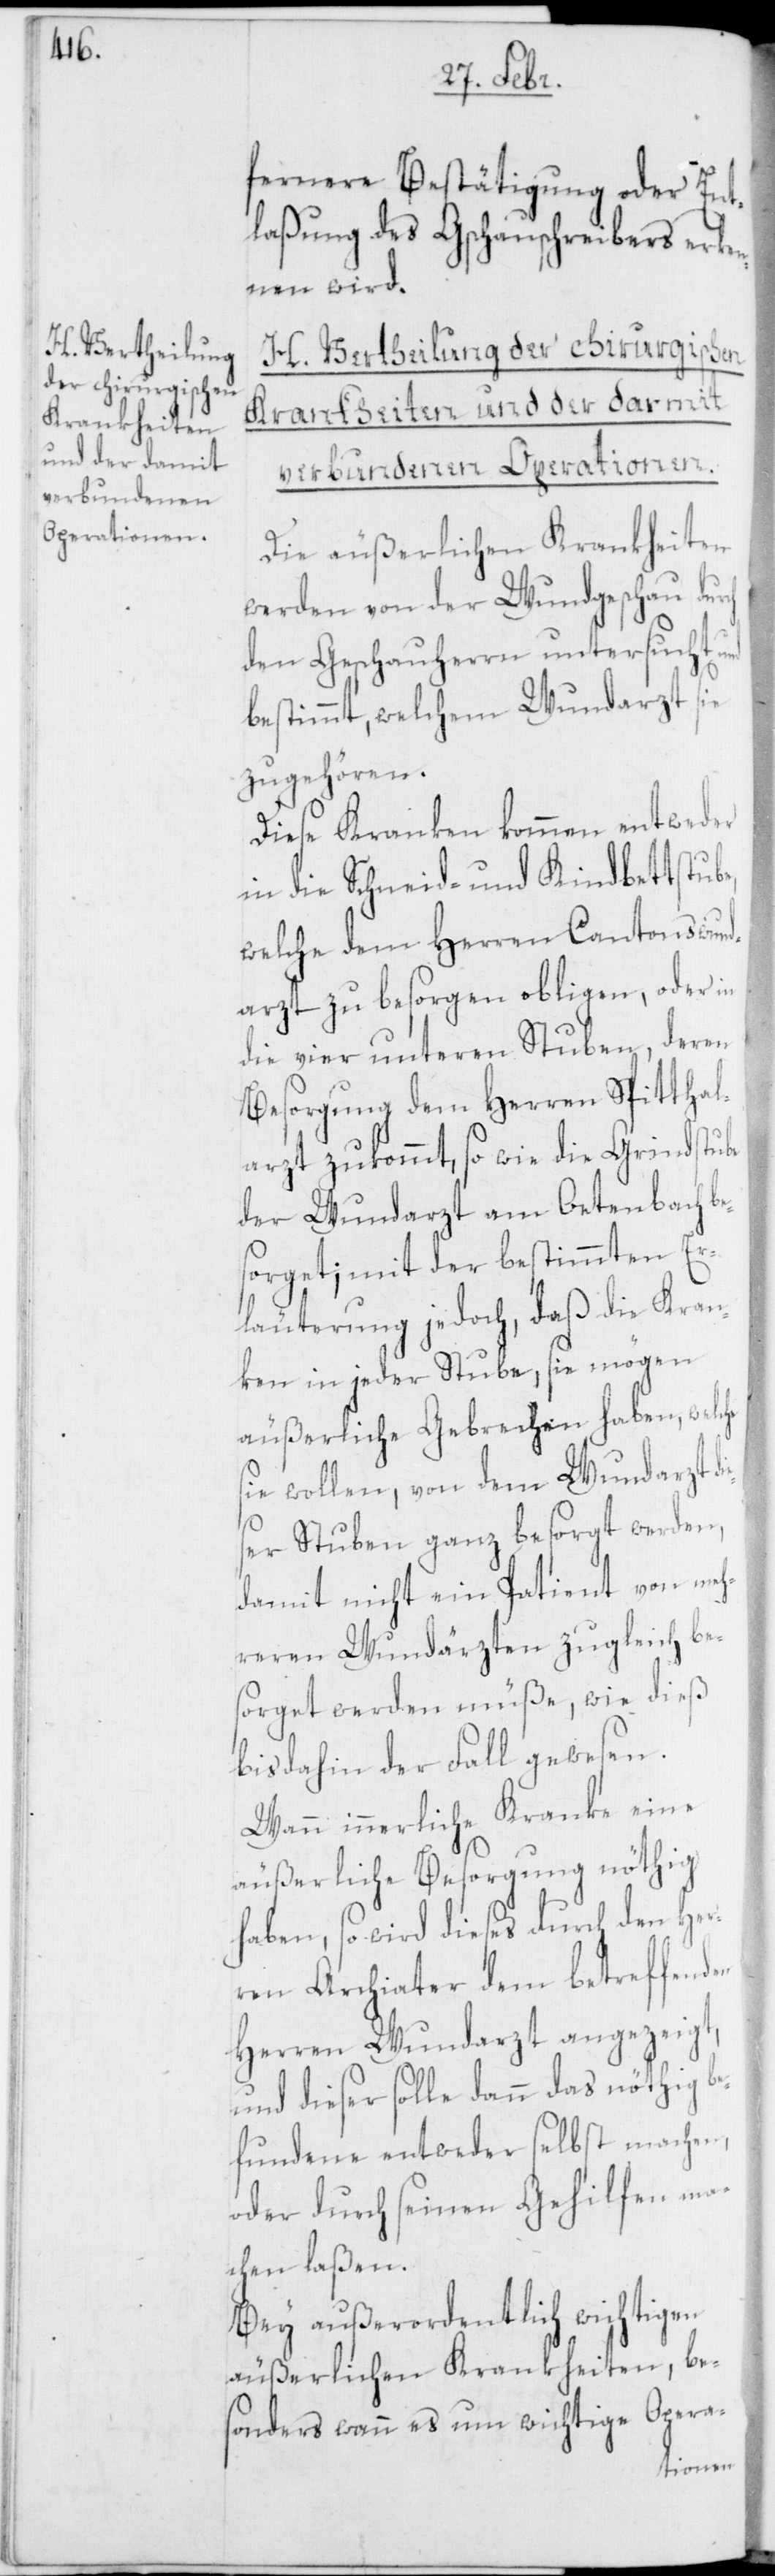
ie¬
H. Vertheilung
der chirurgischen
Krankheiten
und der darmit
verbundenen
Operationen.

fernere Bestätigung oder Ent¬
laßung des Gschauschreibers erke¬
nnen wird.
Die äußerlichen Krankheiten
werden von der Wundgschau durch
den Gschauherrn untersucht und
bestimmt, welchem Wundarzt sie
zugehören.
Diese Kranken kommen entweder
in die Schneid- und Kindbettstub¬
welche dem Herren Cantonswund¬
arzt zu besorgen obligen, oder in
die vier unteren Stuben, deren
Besorgung dem Herren Spitthal¬
arzt zukommt, so wie die Grindstube
der Wundarzt am Oetenbach b¬
esorget; mit der bestimmten Er¬
läuterung jedoch, daß die Kran¬
ken in jeder Stube, sie mögen
äußerliche Gebrechen haben, welche
sie wollen, von dem Wundarzt d¬
ser Stuben ganz besorgt werden,
damit nicht ein Patient von meh¬
reren Wundärzten zugleich be¬
sorget werden müße, wie dieß
bis dahin der Fall gewesen.
Wann innerliche Kranke eine
äußerliche Besorgung nöthig
haben, so wird dieses durch den Her¬
ren Archiater dem betreffenden
Herren Wundarzt angezeigt,
und dieser solle dann das nöthig be¬
fundene entweder selbst machen,
oder durch seinen Gehilfen ma¬
chen laßen.
Bey außerordentlich wichtigen
äußerlichen Krankheiten, be¬
sonders wann es um wichtige Opera-